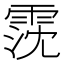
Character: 霃